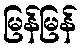
မြန်မြန်